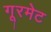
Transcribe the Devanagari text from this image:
गूरमेट